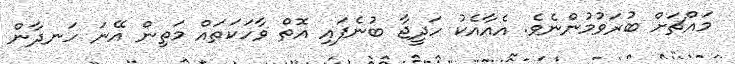
މައްޗަށް ބުރަވުމުންނެވެ. އެއާއެކު ހަދީޖާ ބުނެފައި އޮތް ވާހަކަތައް މަތިން އޭނަ ހަނދާން